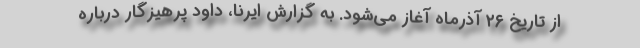
از تاریخ ۲۶ آذرماه آغاز می‌شود. به گزارش ایرنا، داود پرهیزگار درباره